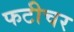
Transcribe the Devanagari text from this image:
फटीचर